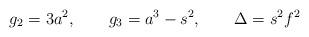
LaTeX: \begin{align*}g_{2}=3a^2, \qquad g_{3}=a^3-s^2, \qquad \Delta= s^{2}f^{2}\end{align*}